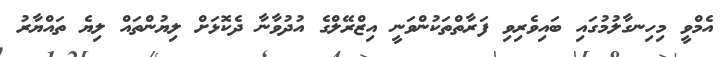
އެމްވީ މިހިނގާލުމުގައި ބައިވެރިވި ފަރާތްތަކުންވަނީ އިޒްރޭލްގެ އުދުވާނާ ދެކޮޅަށް ލިޔުންތައް ލިޔެ ތައްޔާރު